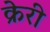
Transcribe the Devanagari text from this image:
क्रेरी